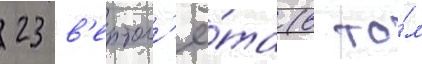
23 в'ертол'ё́та (в то́м